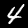
Digit: 4